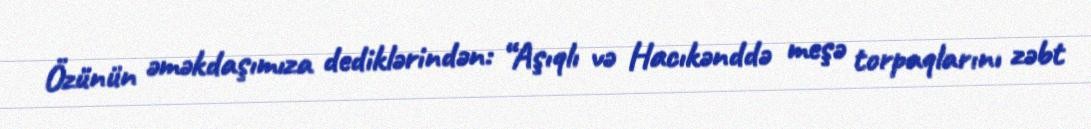
Özünün əməkdaşımıza dediklərindən: “Aşıqlı və Hacıkənddə meşə torpaqlarını zəbt